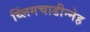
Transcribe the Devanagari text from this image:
थ्लिंगचाडीन्नेह